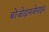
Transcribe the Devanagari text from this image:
बोंजोडायजेपाइन